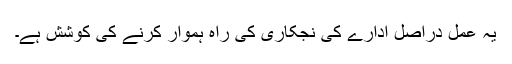
یہ عمل دراصل ادارے کی نجکاری کی راہ ہموار کرنے کی کوشش ہے۔